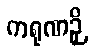
ကရုဏဉှိ